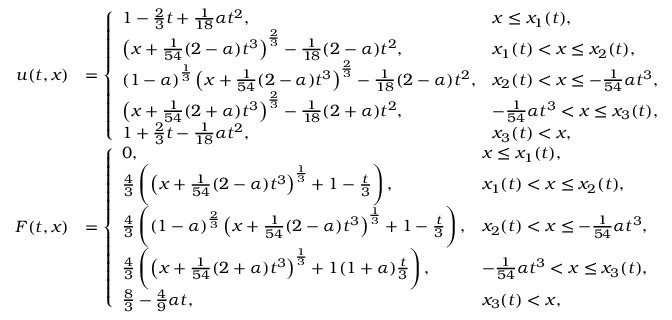
\begin{array} { r l } { u ( t , x ) } & { = \left\{ \begin{array} { l l } { 1 - \frac { 2 } { 3 } t + \frac { 1 } { 1 8 } \alpha t ^ { 2 } , } & { x \leq x _ { 1 } ( t ) , } \\ { \left( x + \frac { 1 } { 5 4 } ( 2 - \alpha ) t ^ { 3 } \right) ^ { \frac { 2 } { 3 } } - \frac { 1 } { 1 8 } ( 2 - \alpha ) t ^ { 2 } , } & { x _ { 1 } ( t ) < x \leq x _ { 2 } ( t ) , } \\ { \left( 1 - \alpha \right) ^ { \frac { 1 } { 3 } } \left( x + \frac { 1 } { 5 4 } ( 2 - \alpha ) t ^ { 3 } \right) ^ { \frac { 2 } { 3 } } - \frac { 1 } { 1 8 } ( 2 - \alpha ) t ^ { 2 } , } & { x _ { 2 } ( t ) < x \leq - \frac { 1 } { 5 4 } \alpha t ^ { 3 } , } \\ { \left( x + \frac { 1 } { 5 4 } ( 2 + \alpha ) t ^ { 3 } \right) ^ { \frac { 2 } { 3 } } - \frac { 1 } { 1 8 } ( 2 + \alpha ) t ^ { 2 } , } & { - \frac { 1 } { 5 4 } \alpha t ^ { 3 } < x \leq x _ { 3 } ( t ) , } \\ { 1 + \frac { 2 } { 3 } t - \frac { 1 } { 1 8 } \alpha t ^ { 2 } , } & { x _ { 3 } ( t ) < x , } \end{array} \right. } \\ { F ( t , x ) } & { = \left\{ \begin{array} { l l } { 0 , } & { x \leq x _ { 1 } ( t ) , } \\ { \frac { 4 } { 3 } \left( \left( x + \frac { 1 } { 5 4 } ( 2 - \alpha ) t ^ { 3 } \right) ^ { \frac { 1 } { 3 } } + 1 - \frac { t } { 3 } \right) , } & { x _ { 1 } ( t ) < x \leq x _ { 2 } ( t ) , } \\ { \frac { 4 } { 3 } \left( ( 1 - \alpha ) ^ { \frac { 2 } { 3 } } \left( x + \frac { 1 } { 5 4 } ( 2 - \alpha ) t ^ { 3 } \right) ^ { \frac { 1 } { 3 } } + 1 - \frac { t } { 3 } \right) , } & { x _ { 2 } ( t ) < x \leq - \frac { 1 } { 5 4 } \alpha t ^ { 3 } , } \\ { \frac { 4 } { 3 } \left( \left( x + \frac { 1 } { 5 4 } ( 2 + \alpha ) t ^ { 3 } \right) ^ { \frac { 1 } { 3 } } + 1 ( 1 + \alpha ) \frac { t } { 3 } \right) , } & { - \frac { 1 } { 5 4 } \alpha t ^ { 3 } < x \leq x _ { 3 } ( t ) , } \\ { \frac { 8 } { 3 } - \frac { 4 } { 9 } \alpha t , } & { x _ { 3 } ( t ) < x , } \end{array} \right. } \end{array}